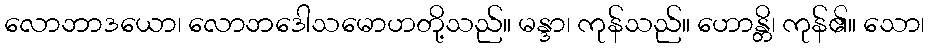
လောဘာဒယော၊ လောဘဒေါသမောဟတို့သည်။ မန္ဒာ၊ ကုန်သည်။ ဟောန္တိ၊ ကုန်၏။ သော၊